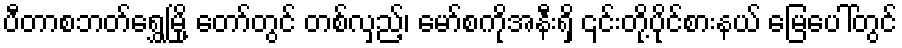
ပီတာစဘတ်ရွှေမြို့ တော်တွင် တစ်လှည့်၊ မော်စကိုအနီးရှိ ၎င်းတို့ပိုင်စားနယ် မြေပေါ်တွင်